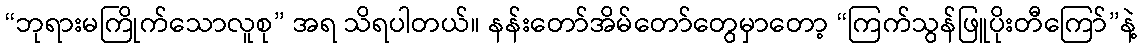
“ဘုရားမကြိုက်သောလူစု” အရ သိရပါတယ်။ နန်းတော်အိမ်တော်တွေမှာတော့ “ကြက်သွန်ဖြူပိုးတီကြော်”နဲ့